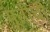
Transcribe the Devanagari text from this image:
मूतीची